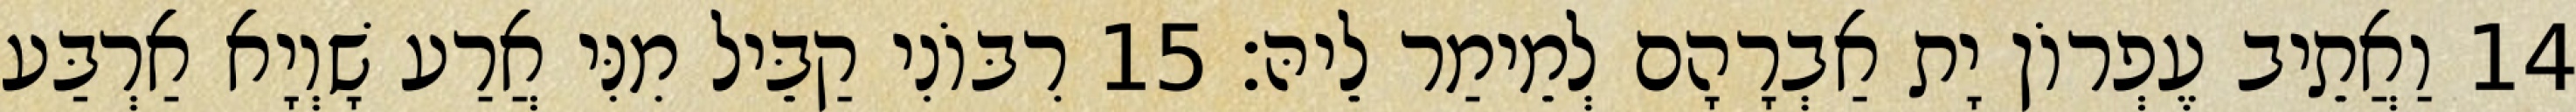
14 וַאֲתֵיב עֶפְרוֹן יָת אַבְרָהָם לְמֵימַר לֵיהּ׃ 15 רִבּוֹנִי קַבֵּיל מִנִּי אֲרַע שָׁוְיָא אַרְבַּע